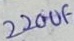
Text: 220uF